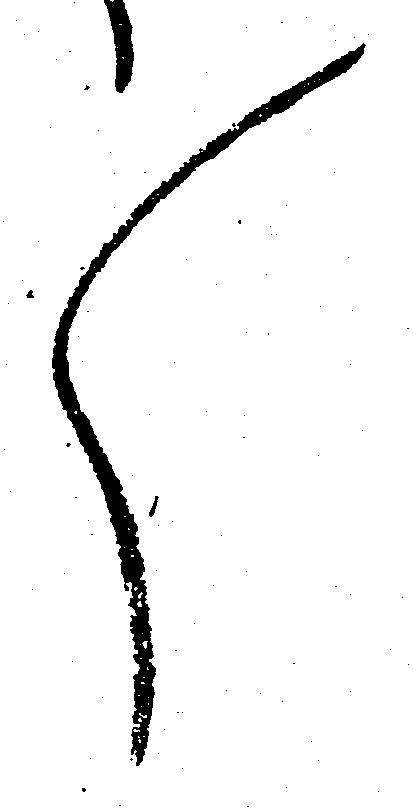
々